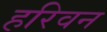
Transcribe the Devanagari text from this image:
हरिवन